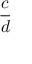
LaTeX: \frac { c } { d }